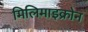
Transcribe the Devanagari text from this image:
मिलिमाइक्रोन